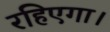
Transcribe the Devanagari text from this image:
रहिएगा।